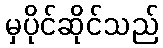
မှပိုင်ဆိုင်သည်